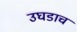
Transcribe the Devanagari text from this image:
उघडाच